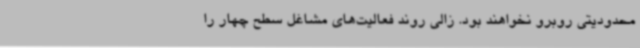
محدودیتی روبرو نخواهند بود. زالی روند فعالیت‌های مشاغل سطح چهار را